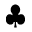
\clubsuit